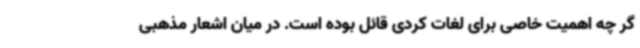
گر چه اهمیت خاصی برای لغات کردی قائل بوده است. در میان اشعار مذهبی